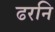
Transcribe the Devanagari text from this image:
ढरनि